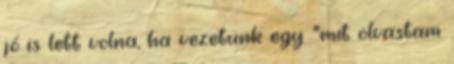
jó is lett volna, ha vezetünk egy "mit olvastam